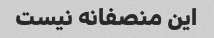
این منصفانه نیست